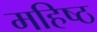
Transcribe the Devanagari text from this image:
महिष्ठ